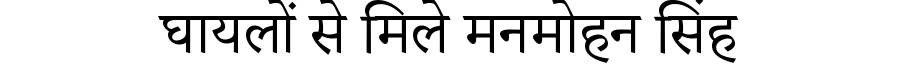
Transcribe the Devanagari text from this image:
घायलों से मिले मनमोहन सिंह